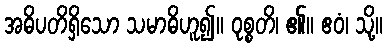
အဓိပတိရှိသော သမာဓိဟူ၍။ ဝုစ္စတိ၊ ၏။ ဧဝံ၊ သို့။